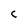
Character: c